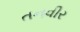
તનવીર